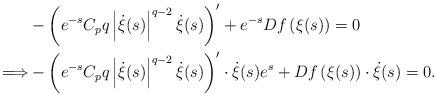
LaTeX: \begin{align*}\begin{aligned} &-\left(e^{-s}C_pq\left| \dot{\xi}(s)\right|^{q-2} \dot{\xi}(s)\right)^\prime +e^{-s} Df\left( \xi (s)\right) =0\\ \Longrightarrow & -\left(e^{-s}C_pq\left| \dot{\xi}(s)\right|^{q-2} \dot{\xi}(s)\right)^\prime \cdot \dot{\xi}(s) e^s+ Df\left( \xi (s)\right)\cdot \dot{\xi}(s) =0.\end{aligned}\end{align*}